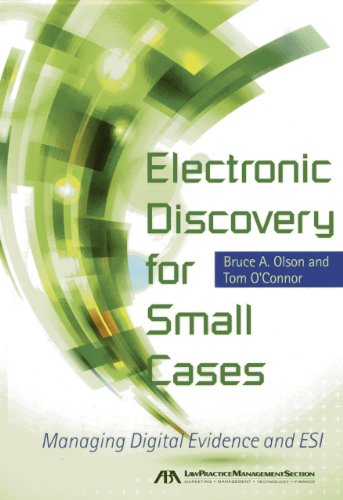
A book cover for Electronic Discovery for Small Cases: Managing Digital Evidence and ESI; Bruce Olson; Law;